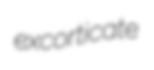
excorticate